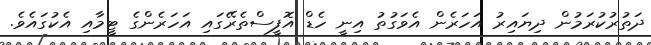
ދަތުރުކުރަމުން ދިޔައިރު އަހަރެން އެވަގުތު އިނީ ހެޑް އޮފީސްތެރޭގައި އަހަރެންގެ ޓީމާއި އެކުގައެވެ.